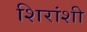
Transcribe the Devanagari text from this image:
शिरांशी